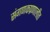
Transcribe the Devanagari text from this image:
संगणकप्रणालीत